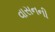
વાસનની